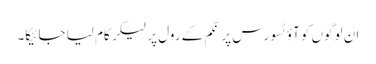
ان لوگوں کو آؤٹسورس پر نگم کے رول پر لیکر کام لیا جائیگا۔